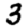
Digit: 3